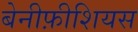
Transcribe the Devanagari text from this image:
बेनीफ़ीशियस